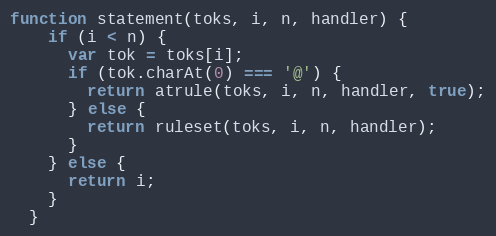
Language: JavaScript
function statement(toks, i, n, handler) {
    if (i < n) {
      var tok = toks[i];
      if (tok.charAt(0) === '@') {
        return atrule(toks, i, n, handler, true);
      } else {
        return ruleset(toks, i, n, handler);
      }
    } else {
      return i;
    }
  }